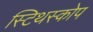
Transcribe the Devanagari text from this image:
स्टिथस्कोप